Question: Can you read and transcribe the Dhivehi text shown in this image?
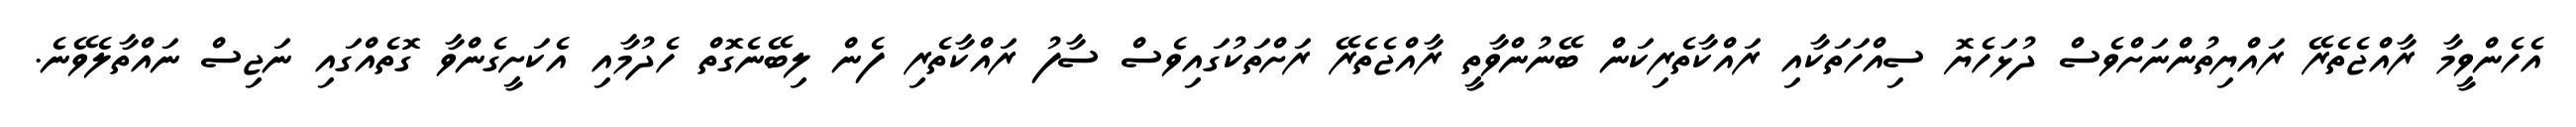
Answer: އެހެންވީމާ ރާއްޖެތެރޭ ރައްޔިތުންނަށްވެސް ދުޅަހެޔޮ ސިއްހަތަކާއި ރައްކާތެރިކަން ބޭނުންވާތީ ރާއްޖެތެރޭ ރަށްތަކުގައިވެސް ސާފު ރައްކާތެރި ފެން ލިބޭނެގޮތް ހެދުމާއި އެކަށީގެންވާ ގޮތެއްގައި ނަޖިސް ނައްތާލެވޭނެ.